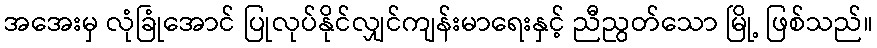
အအေးမှ လုံခြုံအောင် ပြုလုပ်နိုင်လျှင်ကျန်းမာရေးနှင့် ညီညွတ်သော မြို့ ဖြစ်သည်။